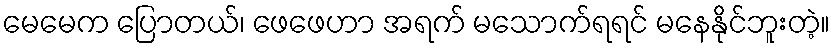
မေမေက ပြောတယ်၊ ဖေဖေဟာ အရက် မသောက်ရရင် မနေနိုင်ဘူးတဲ့။